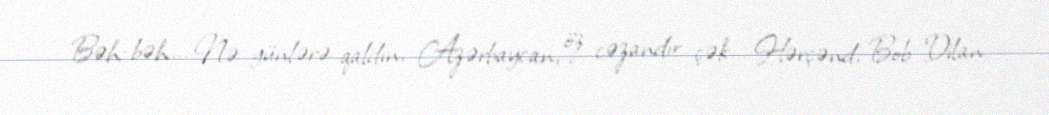
Bəh-bəh... Nə günlərə qaldın, Azərbaycan, öz cəzandır çək... Hərçənd, Bob Dilan